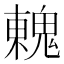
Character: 䰤